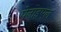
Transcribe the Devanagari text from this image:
पेनाइएल